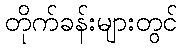
တိုက်ခန်းများတွင်